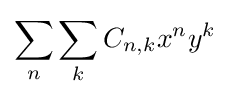
\sum _{n}\sum _{k}C_{n,k}x^{n}y^{k}